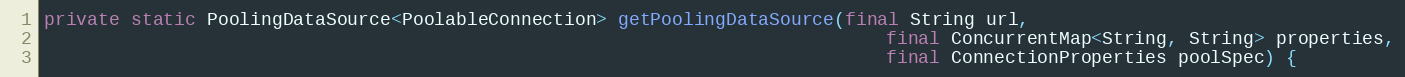
Language: Java
private static PoolingDataSource<PoolableConnection> getPoolingDataSource(final String url,
                                                                              final ConcurrentMap<String, String> properties,
                                                                              final ConnectionProperties poolSpec) {